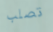
تصلب